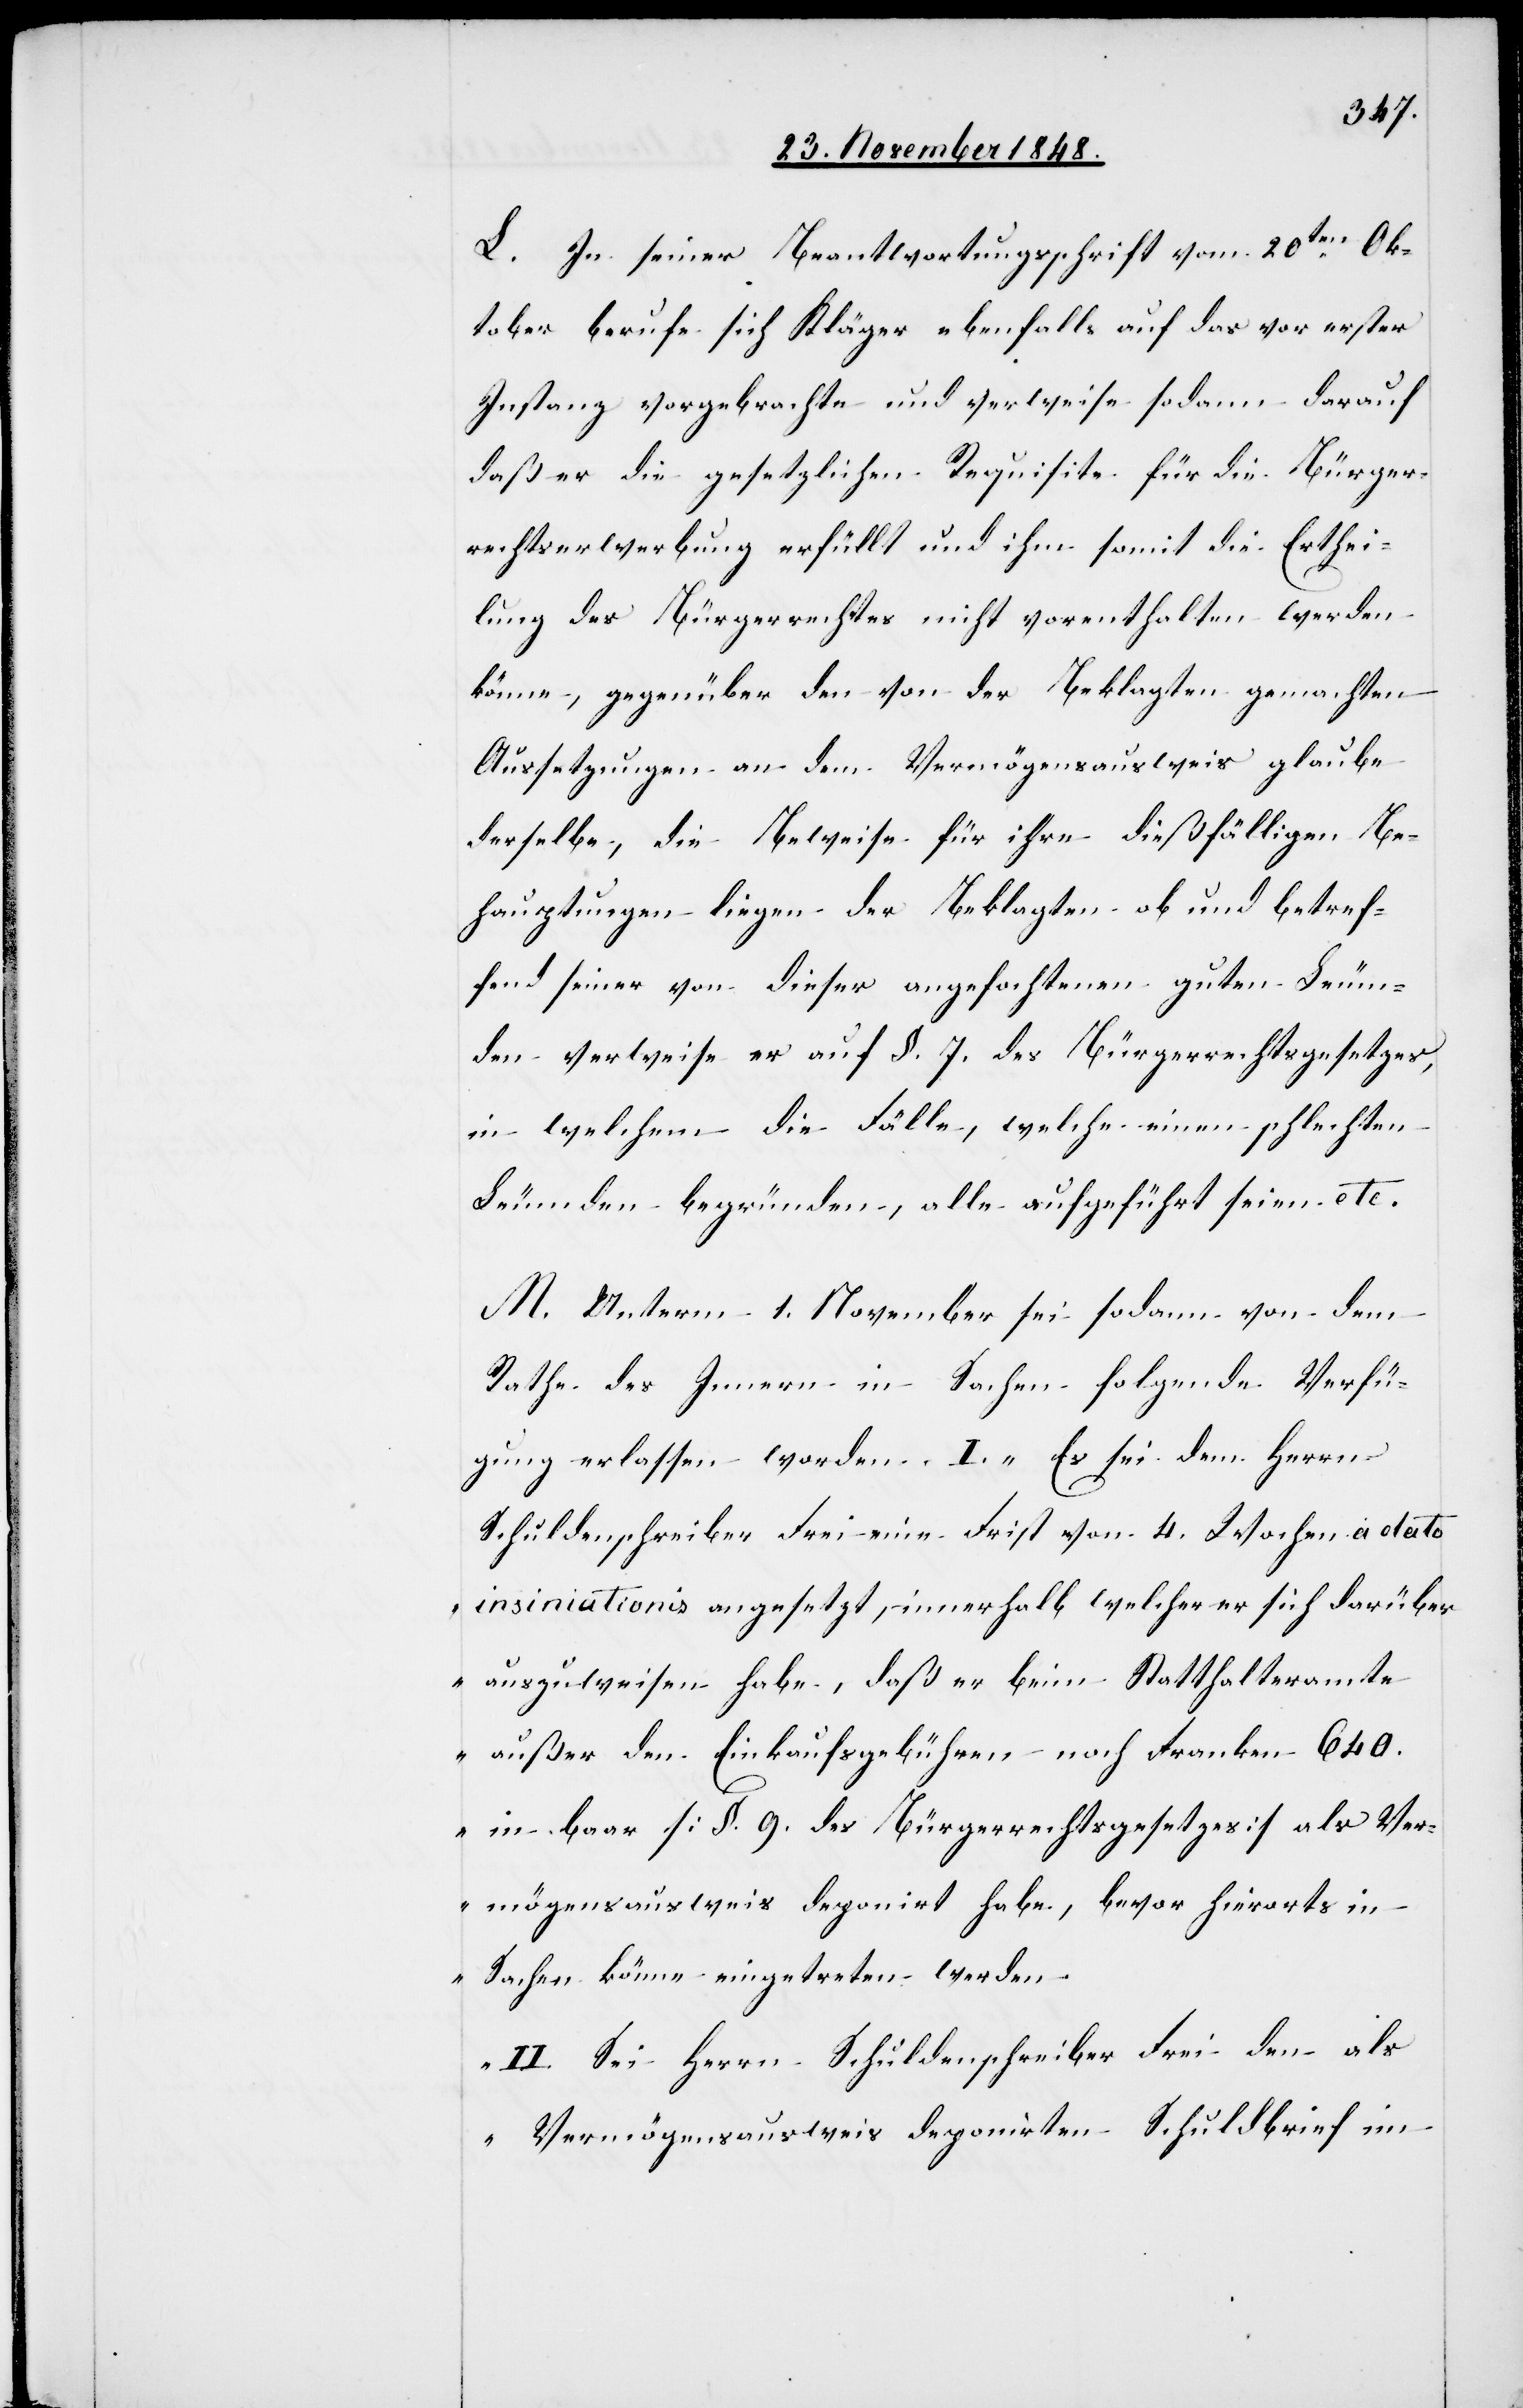
L. In seiner Beantwortungsschrift vom 20ten Ok¬
tober berufe sich Kläger ebenfalls auf das vor erster
Instanz vorgebrachte und verweise sodann darauf
daß er die gesetzlichen Requisite für die Bürger¬
rechtserwerbung erfüllt und ihm somit die Erthei¬
lung des Bürgerrechtes nicht vorenthalten werden
könne, gegen über den von der Beklagten gemachten
Aussetzungen an dem Vermögensausweis glaube
derselbe, die Beweise für ihre dießfälligen Be¬
hauptungen liegen der Beklagten ob und betref¬
fend seiner von dieser angefochtenen guten Leum¬
den verweise er auf §. 7. des Bürgerrechtsgesetzes,
in welchem die Fälle, welche einen schlechten
Leumden begründen, alle aufgeführt seien etc.
M. Unterm 1. November sei sodann von dem
Rathe des Innern in Sachen folgende Verfü¬
gung erlassen worden. I. „Es sei dem Herrn
Schuldenschreiber Frei eine Frist von 4. Wochen a dato
insiniationis angesetzt, innerhalb welcher er sich darüber
anzuweisen habe, daß er beim Statthalteramte
außer den Einkaufsgebühren noch Franken 640.
in baar [§. 9. des Bürgerrechtsgesetzes] als Ver¬
mögensausweis deponirt habe, bevor hierorts in
Sachen könne eingetreten werden.
II. Sei Herrn Schuldenschreiber Frei den als
Vermögensausweis deponirten Schuldbrief im